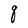
Character: q